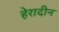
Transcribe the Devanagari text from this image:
हेरादीन